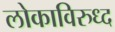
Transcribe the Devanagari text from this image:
लोकाविरुध्द